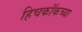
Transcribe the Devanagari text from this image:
हिचकॉकच्या